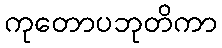
ကုတောပဘုတိကာ